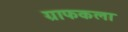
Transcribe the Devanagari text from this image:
ग्राफकला